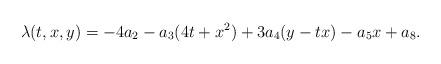
LaTeX: \begin{align*}\lambda(t,x,y) = -4a_2-a_3(4t+x^2)+3a_4(y-tx)-a_5x+a_8.\end{align*}